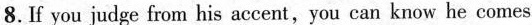
8.If you judge from his accent,you can know he comes